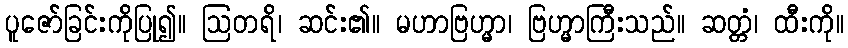
ပူဇော်ခြင်းကိုပြု၍။ ဩတရိ၊ ဆင်း၏။ မဟာဗြဟ္မာ၊ ဗြဟ္မာကြီးသည်။ ဆတ္တံ၊ ထီးကို။